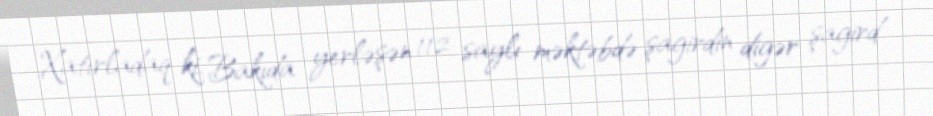
Xatırladaq ki, Bakıda yerləşən 112 saylı məktəbdə şagirdin digər şagird